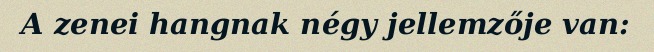
A zenei hangnak négy jellemzője van: